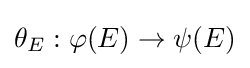
\theta _{E}:\varphi (E)\to \psi (E)